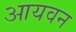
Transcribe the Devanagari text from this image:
आयवन